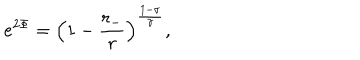
e ^ { 2 \Phi } = \left( 1 - \frac { r _ { - } } { r } \right) ^ { \frac { 1 - \sigma } { \gamma } } ,